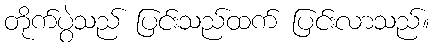
တိုက်ပွဲသည် ပြင်းသည်ထက် ပြင်းလာသည်။